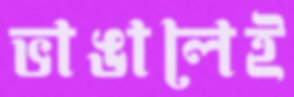
ভাঙালেই